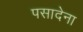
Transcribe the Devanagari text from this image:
पसादेना